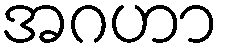
အဂဟာ